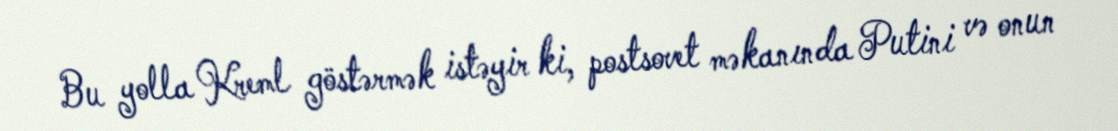
Bu yolla Kreml göstərmək istəyir ki, postsovet məkanında Putini və onun